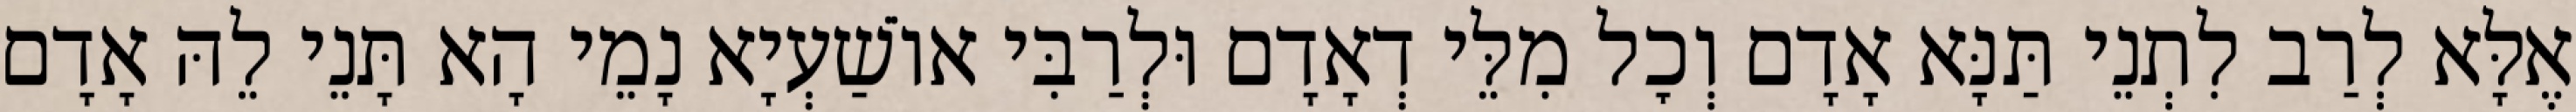
אֶלָּא לְרַב לִתְנֵי תַּנָּא אָדָם וְכׇל מִלֵּי דְאָדָם וּלְרַבִּי אוֹשַׁעְיָא נָמֵי הָא תָּנֵי לֵהּ אָדָם